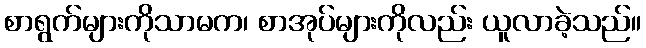
စာရွက်များကိုသာမက၊ စာအုပ်များကိုလည်း ယူလာခဲ့သည်။